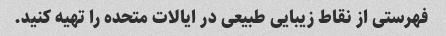
فهرستی از نقاط زیبایی طبیعی در ایالات متحده را تهیه کنید.